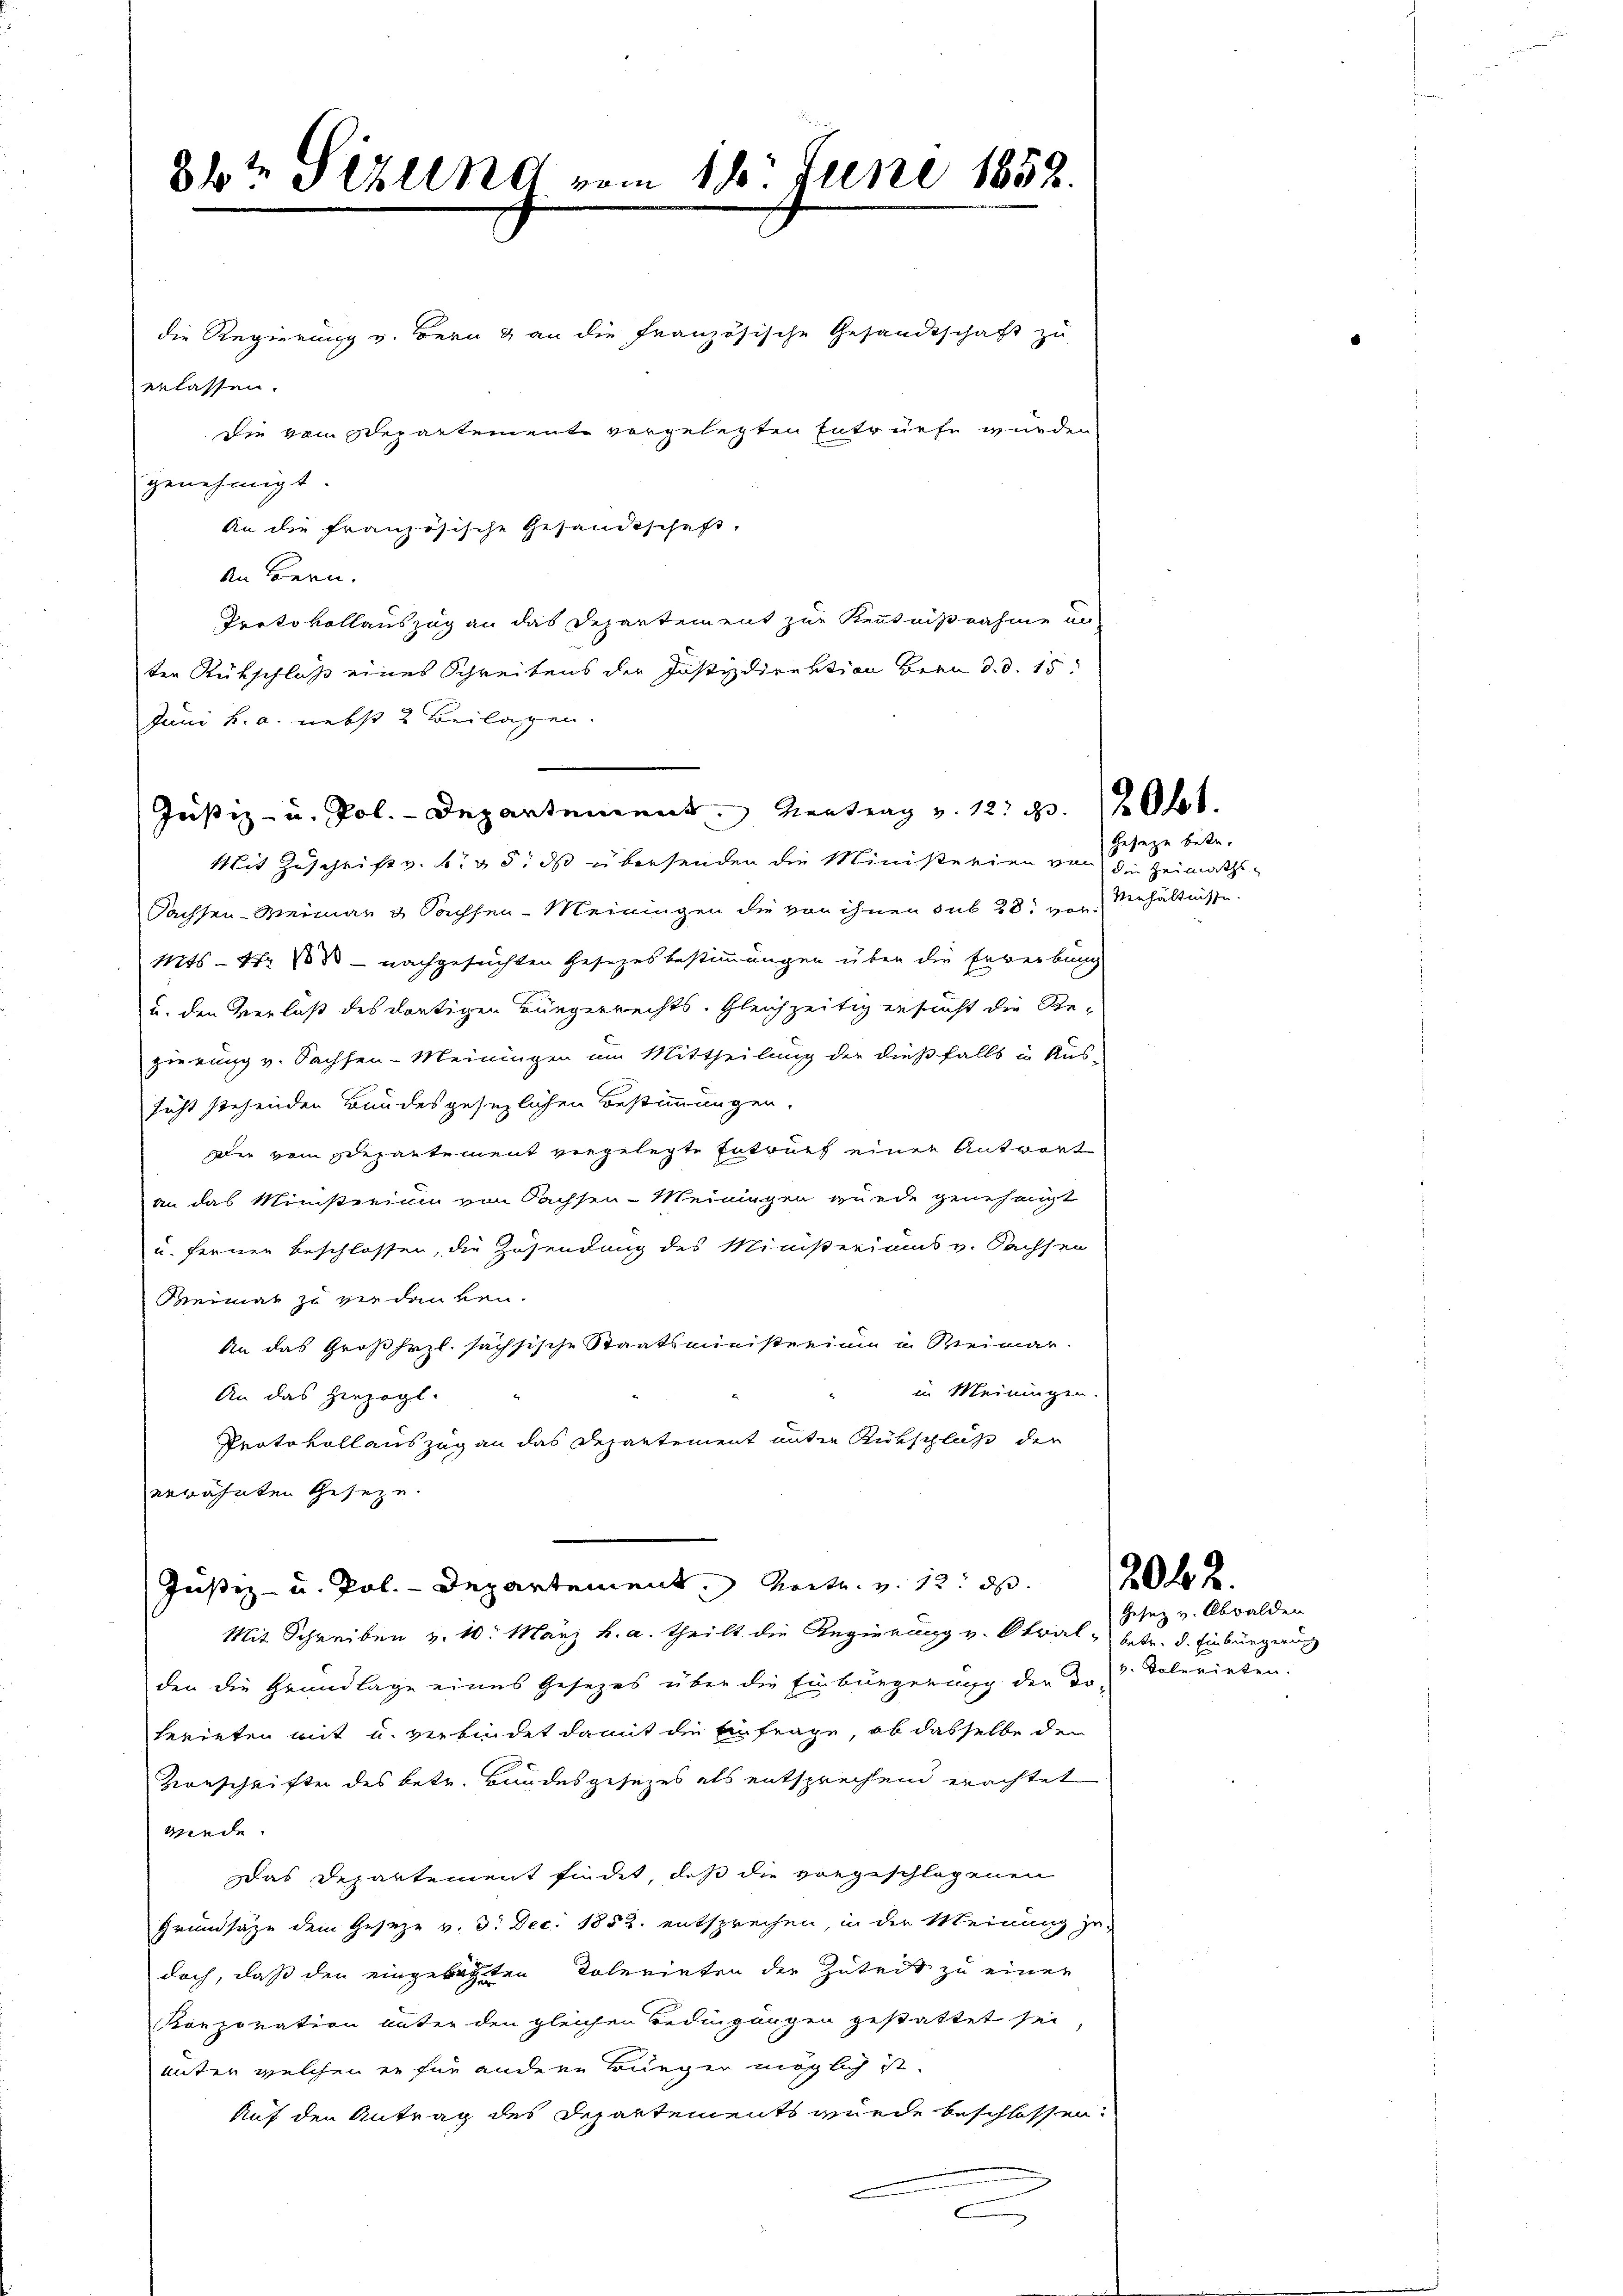
86te Sizllnd vom 18. Juni 1852.

die Regierung v. Bern & an die französische Gesandtschaft zu
erlassen.
die vom Departemente vorgelegten Entwürfe wurden
genehmigt
An die französische Gesandtschaft,
An Bern.
Protokollauszug an das Departement zur Kenntnißnahme un-
ten Rückschluß eines Schreibens der Justizdirektion Bern d. d. 15.
Juni h. a. nebst 2 Beilagen.
Mit Zuschrift v. 6. 95. ds übersenden die Ministerien von den Heimaths¬
Sachsen-Weimar & Sachsen-Meiningen die von ihnen sub 28. von Behältnisse
Mts - Xr ½ 3 - nachgesuchten Gesetzesbestimmungen über die Erwerbung
u. den Verlaß des dortigen Bürgerrechts- Gleichzeitig ersucht die Regierung v. Sachsen-Meinungen um Mittheilung der dießfalls in Aus-
sicht stehenden Bundesgesezlichen Bestimmungen.
der vom Departement vergelegte Entwurf einer Antwort
an das Ministerium von Sachsen-Meiningen wurde genehmigt
u. fernen beschlossen, die Zusendung des Ministeriums v. Sachsen
Keimat zu verdanken.
An das Großherzl. sächsische Staatsministerium u. Weimar.
in Meinungen.
An das Herzogl.
Protokollauszug an das Departement unter Rückschluß der
verähnten Geseze
Justiz- u. Pol. - Departement. Rect. v. 12. d
Mit Schreiben v. 10. März h. a. theilt die Regierung v. Stral, betr. d. Einbürgerung
den die Grundlage eines Gesetzes über die Einbürgerung der Dr. Tolerieten.
herieten mit u. verbindet damit die Einfrage, ob dasselbe den
Vorschrifter des betr. Bundesgesezes als entsprechend erachtet
wiede
Das Departement findet, daß die vorgeschlagenen
Grundsaze dem Gesetze v. 3. Dec. 1852. entsprechen, in der Meinung jedoch, daß den eingebachten Dolerinten der Zuteis zu einer
Konporation unter den gleichen Bedingungen gestattet sei,
unter welchen er für andere Brünger möglich ist.
Auf den Antrag des Departements wurde beschlossen:
n

Justiz- u. Pol. - Departement Vertrag v. 12. d. 10.

Geseze betr.

2062.

Gesetz v. Obwalden